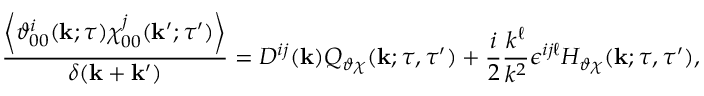
\frac { \left\langle { \vartheta _ { 0 0 } ^ { i } ( { \bf { k } } ; \tau ) \chi _ { 0 0 } ^ { j } ( { \bf { k } } ^ { \prime } ; \tau ^ { \prime } ) } \right\rangle } { \delta ( { \bf { k } } + { \bf { k } } ^ { \prime } ) } = D ^ { i j } ( { \bf { k } } ) Q _ { \vartheta \chi } ( { \bf { k } } ; \tau , \tau ^ { \prime } ) + \frac { i } { 2 } \frac { k ^ { \ell } } { k ^ { 2 } } \epsilon ^ { i j \ell } H _ { \vartheta \chi } ( { \bf { k } } ; \tau , \tau ^ { \prime } ) ,